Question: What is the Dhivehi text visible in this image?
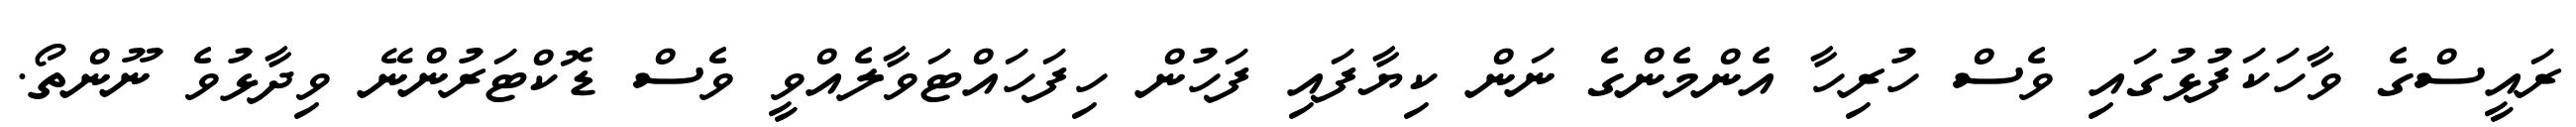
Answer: ރައީސްގެ ވާހަކަފުޅުގައި ވެސް ހުރިހާ އެންމެންގެ ނަން ކިޔާފައި ފަހުން ހިފަހައްޓަވާލެއްވީ ވެސް ޑޮކްޓަރުންނޭ ވިދާޅުވެ ނޫންތޯ.